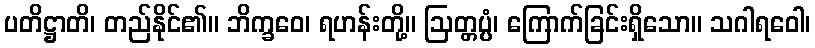
ပတိဋ္ဌာတိ၊ တည်နိုင်၏။ ဘိက္ခဝေ၊ ရဟန်းတို့။ ဩတ္တပ္ပံ၊ ကြောက်ခြင်းရှိသော။ သဂါရဝေါ၊